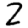
Digit: 2